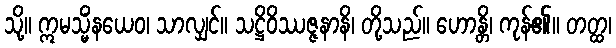
သို့။ ဣမသ္မိံနယေဝ၊ သာလျှင်။ သဋ္ဌိဝိဿဇ္ဇနာနိ၊ တို့သည်။ ဟောန္တိ၊ ကုန်၏။ တတ္ထ၊